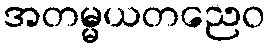
အတမ္မယတညေဝ